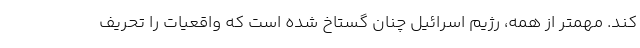
کند. مهمتر از همه، رژیم اسرائیل چنان گستاخ شده است که واقعیات را تحریف